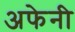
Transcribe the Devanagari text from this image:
अफेनी